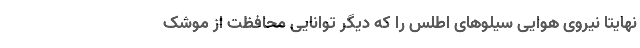
نهایتا نیروی هوایی سیلوهای اطلس را که دیگر توانایی محافظت از موشک